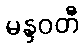
မန္ဒဝတီ